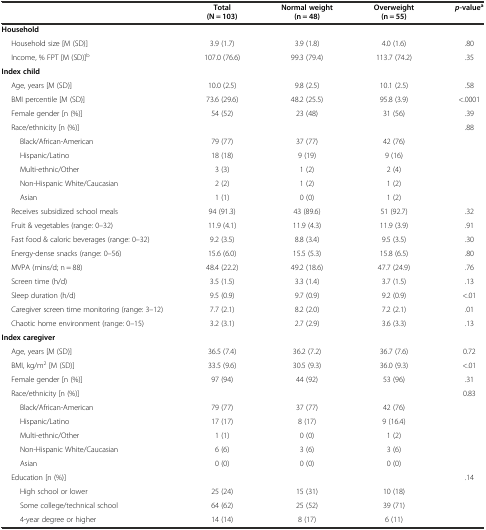
<table><thead><tr><td></td><td><b>Total (N = 103)</b></td><td><b>Normal weight (n = 48)</b></td><td><b>Overweight (n = 55)</b></td><td><b><i>p</i>-value<sup>a</sup></b></td></tr></thead><tbody><tr><td><b>Household</b></td><td></td><td></td><td></td><td></td></tr><tr><td>Household size [M (SD)]</td><td>3.9 (1.7)</td><td>3.9 (1.8)</td><td>4.0 (1.6)</td><td>.80</td></tr><tr><td>Income, % FPT [M (SD)]<sup>b</sup></td><td>107.0 (76.6)</td><td>99.3 (79.4)</td><td>113.7 (74.2)</td><td>.35</td></tr><tr><td><b>Index child</b></td><td></td><td></td><td></td><td></td></tr><tr><td>Age, years [M (SD)]</td><td>10.0 (2.5)</td><td>9.8 (2.5)</td><td>10.1 (2.5)</td><td>.58</td></tr><tr><td>BMI percentile [M (SD)]</td><td>73.6 (29.6)</td><td>48.2 (25.5)</td><td>95.8 (3.9)</td><td>&lt;.0001</td></tr><tr><td>Female gender [n (%)]</td><td>54 (52)</td><td>23 (48)</td><td>31 (56)</td><td>.39</td></tr><tr><td>Race/ethnicity [n (%)]</td><td></td><td></td><td></td><td>.88</td></tr><tr><td>Black/African-American</td><td>79 (77)</td><td>37 (77)</td><td>42 (76)</td><td></td></tr><tr><td>Hispanic/Latino</td><td>18 (18)</td><td>9 (19)</td><td>9 (16)</td><td></td></tr><tr><td>Multi-ethnic/Other</td><td>3 (3)</td><td>1 (2)</td><td>2 (4)</td><td></td></tr><tr><td>Non-Hispanic White/Caucasian</td><td>2 (2)</td><td>1 (2)</td><td>1 (2)</td><td></td></tr><tr><td>Asian</td><td>1 (1)</td><td>0 (0)</td><td>1 (2)</td><td></td></tr><tr><td>Receives subsidized school meals</td><td>94 (91.3)</td><td>43 (89.6)</td><td>51 (92.7)</td><td>.32</td></tr><tr><td>Fruit &amp; vegetables (range: 0–32)</td><td>11.9 (4.1)</td><td>11.9 (4.3)</td><td>11.9 (3.9)</td><td>.91</td></tr><tr><td>Fast food &amp; caloric beverages (range: 0–32)</td><td>9.2 (3.5)</td><td>8.8 (3.4)</td><td>9.5 (3.5)</td><td>.30</td></tr><tr><td>Energy-dense snacks (range: 0–56)</td><td>15.6 (6.0)</td><td>15.5 (5.3)</td><td>15.8 (6.5)</td><td>.80</td></tr><tr><td>MVPA (mins/d; n = 88)</td><td>48.4 (22.2)</td><td>49.2 (18.6)</td><td>47.7 (24.9)</td><td>.76</td></tr><tr><td>Screen time (h/d)</td><td>3.5 (1.5)</td><td>3.3 (1.4)</td><td>3.7 (1.5)</td><td>.13</td></tr><tr><td>Sleep duration (h/d)</td><td>9.5 (0.9)</td><td>9.7 (0.9)</td><td>9.2 (0.9)</td><td>&lt;.01</td></tr><tr><td>Caregiver screen time monitoring (range: 3–12)</td><td>7.7 (2.1)</td><td>8.2 (2.0)</td><td>7.2 (2.1)</td><td>.01</td></tr><tr><td>Chaotic home environment (range: 0–15)</td><td>3.2 (3.1)</td><td>2.7 (2.9)</td><td>3.6 (3.3)</td><td>.13</td></tr><tr><td><b>Index caregiver</b></td><td></td><td></td><td></td><td></td></tr><tr><td>Age, years [M (SD)]</td><td>36.5 (7.4)</td><td>36.2 (7.2)</td><td>36.7 (7.6)</td><td>0.72</td></tr><tr><td>BMI, kg/m<sup>2</sup> [M (SD)]</td><td>33.5 (9.6)</td><td>30.5 (9.3)</td><td>36.0 (9.3)</td><td>&lt;.01</td></tr><tr><td>Female gender [n (%)]</td><td>97 (94)</td><td>44 (92)</td><td>53 (96)</td><td>.31</td></tr><tr><td>Race/ethnicity [n (%)]</td><td></td><td></td><td></td><td>0.83</td></tr><tr><td>Black/African-American</td><td>79 (77)</td><td>37 (77)</td><td>42 (76)</td><td></td></tr><tr><td>Hispanic/Latino</td><td>17 (17)</td><td>8 (17)</td><td>9 (16.4)</td><td></td></tr><tr><td>Multi-ethnic/Other</td><td>1 (1)</td><td>0 (0)</td><td>1 (2)</td><td></td></tr><tr><td>Non-Hispanic White/Caucasian</td><td>6 (6)</td><td>3 (6)</td><td>3 (6)</td><td></td></tr><tr><td>Asian</td><td>0 (0)</td><td>0 (0)</td><td>0 (0)</td><td></td></tr><tr><td>Education [n (%)]</td><td></td><td></td><td></td><td>.14</td></tr><tr><td>High school or lower</td><td>25 (24)</td><td>15 (31)</td><td>10 (18)</td><td></td></tr><tr><td>Some college/technical school</td><td>64 (62)</td><td>25 (52)</td><td>39 (71)</td><td></td></tr><tr><td>4-year degree or higher</td><td>14 (14)</td><td>8 (17)</td><td>6 (11)</td><td></td></tr></tbody></table>